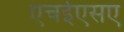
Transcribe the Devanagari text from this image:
एचईएसए